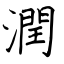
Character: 潤